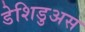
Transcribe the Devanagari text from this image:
डेशिडुअस